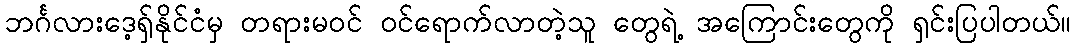
ဘင်္ဂလားဒေ့ရှ်နိုင်ငံမှ တရားမဝင် ဝင်ရောက်လာတဲ့သူ တွေရဲ့ အကြောင်းတွေကို ရှင်းပြပါတယ်။